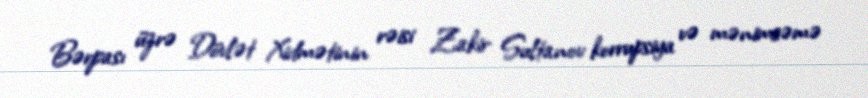
Bərpası üzrə Dövlət Xidmətinin rəisi Zakir Sultanov korrupsiya və mənimsəmə